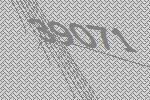
39071